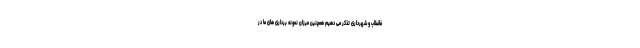
فاضلاب و شهرداری تذکر می دهیم همچنین میزان نمونه برداری های ما در